Education (Scotland) Act, 1908. Medical Inspection, 1908
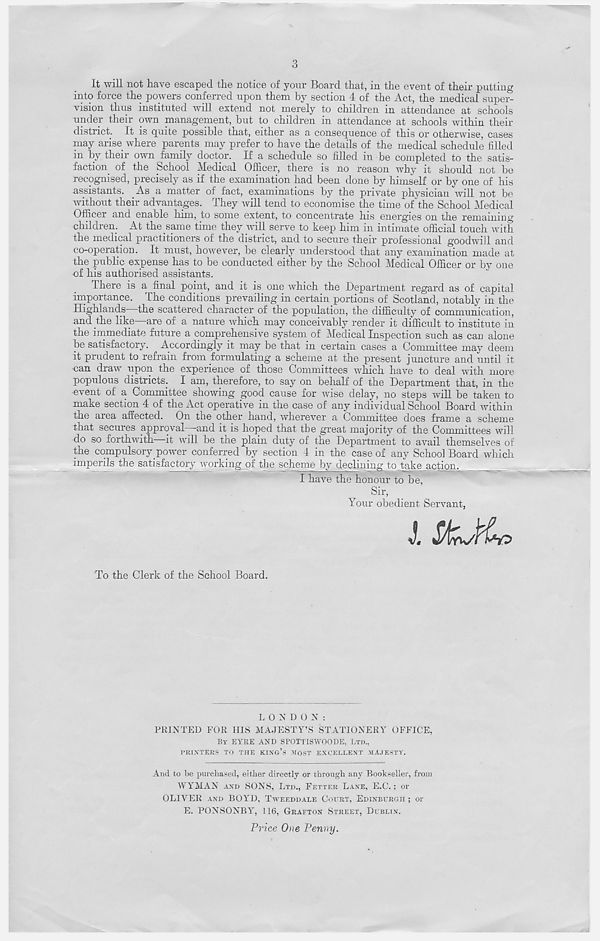
It will not have escaped the notice of your Board that, in the event of their putting
into force the powers conferred upon them by section 4 of the Act, the medical super-
vision thus instituted will extend not merely to children in attendance at schools
under their own management, but to children in attendance at schools within their
district. It is quite possible that, either as a consequence of this or otherwise, cases
may arise where parents may prefer to have the details of the medical schedule filled
in by their own family doctor. If a schedule so filled in be completed to the satis-
faction of the School Medical Officer, there is no reason why it should not be
recognised, precisely as if the examination had been done by himself or by one of his
assistants. As a matter of fact, examinations by the private physician will not be
without their advantages. They will tend to economise the time of the School Medical
Officer and enable him, to some extent, to concentrate his energies on the remaining
children. At the same time they will serve to keep him in intimate official touch with
the medical practitioners of the district, and to secure their professional goodwill and
co-operation. It must, however, be clearly understood that any examination made at
the public expense has to be conducted either by the School Medical Officer or by one
of his authorised assistants.
There is a final point, and it is one which the Department regard as of capital
importance. The conditions prevailing in certain portions of Scotland, notably in the
Highlands the scattered character of the population, the difficulty of communication,
and the like—are of a nature which may conceivably render it difficult to institute in
the immediate future a comprehensive system of Medical Inspection such as can alone
be satisfactory. Accordingly it may be that in certain cases a Committee may deem
it prudent to refrain from formulating a scheme at the present juncture and until it
can draw upon the experience of those Committees which have to deal with more
populous districts. I am, therefore, to say on behalf of the Department that, in the
event of a Committee showing good cause for wise delay, no steps will be taken to
make section 4 of the Act operative in the case of any individual School Board within
the area affected. On the other hand, wherever a Committee does frame a scheme
that secures approval and it is hoped that the great majority of the Committees will
do so forthwith—it will be the plain duty of the Department to avail themselves of
the compulsory power conferred by section 4 in the case of any School Board which
imperils the satisfactory working of the scheme by declining to take action.
I have the honour to be,
Sir,
Your obedient Servant,
J. Ststb
To the Clerk of the School Board.
LONDON:
PRINTED FOR HIS MAJESTY’S STATIONERY OFFICE,
By EYRE ANT) SPOTTISWOODE, LTD.,
PRINTERS TO THE KING’S MOST EXCELLENT MAJESTY.
And to be purchased, either directly or through any Bookseller, from
WYMAN AND SONS, LTD., FETTER LANE, E.C.; or
OLIVER AND BOYD, TWEEDDALE COURT, EDINBURGH ; or
E. PONSONBY, 116, GRAFTON STREET, DUBLIN.
Price One Penny.